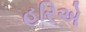
હરિએ